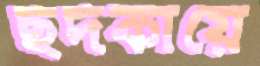
ছদকায়ে